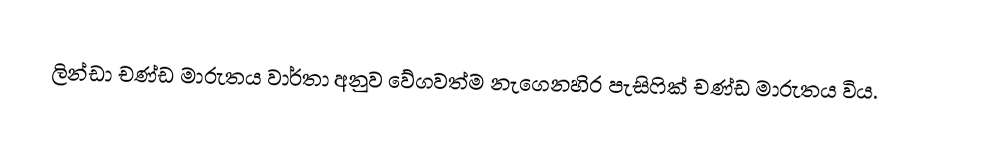
ලින්ඩා චණ්ඩ මාරුතය වාර්තා අනුව වේගවත්ම නැගෙනහිර පැසිෆික් චණ්ඩ මාරුතය විය.